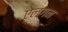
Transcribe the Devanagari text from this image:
ऐलगन